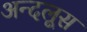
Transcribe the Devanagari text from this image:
अन्दलूस